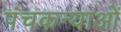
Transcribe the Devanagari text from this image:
पंचकन्याओं